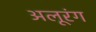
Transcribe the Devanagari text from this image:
अलूरंग